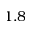
1 . 8